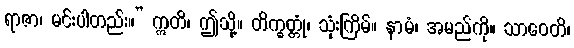
ရာဇာ၊ မင်းပါတည်း။” ဣတိ၊ ဤသို့။ တိက္ခတ္တုံ၊ သုံးကြိမ်။ နာမံ၊ အမည်ကို။ သာဝေတိ၊